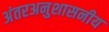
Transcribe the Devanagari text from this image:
अंतरअनुशासनीय